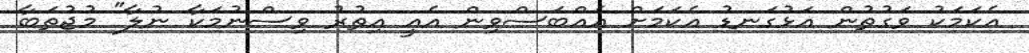
އެކަމަކު ވަގުތުން އަޅުގަނޑު އެކަމަށް އެއްބަސްވިން އެއީ އިތުރު ވިސްނުމަކާ ނުލާ" މުޖުތަބާ